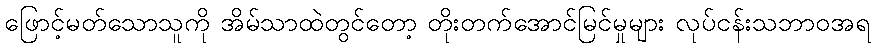
ဖြောင့်မတ်သောသူကို အိမ်သာထဲတွင်တော့ တိုးတက်အောင်မြင်မှုများ လုပ်ငန်းသဘာဝအရ